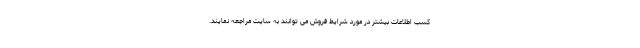
کسب اطلاعات بیشتر در مورد شرایط فروش می توانند به سایت مراجعه نمایند.